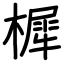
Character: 樨